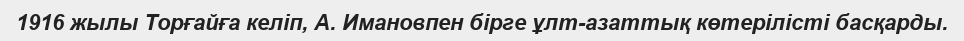
1916 жылы Торғайға келіп, А. Имановпен бірге ұлт-азаттық көтерілісті басқарды.